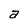
Character: a